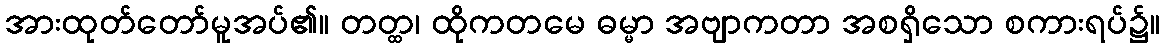
အားထုတ်တော်မူအပ်၏။ တတ္ထ၊ ထိုကတမေ ဓမ္မာ အဗျာကတာ အစရှိသော စကားရပ်၌။